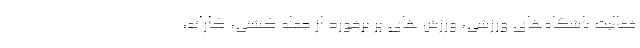
فعالیت باشگاه‌های ورزشی، ورزش های پر برخورد از جمله کشتی، کاراته،